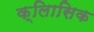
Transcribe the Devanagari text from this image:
क्लािसिक